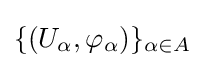
\{(U_{\alpha },\varphi _{\alpha })\}_{\alpha \in A}